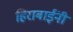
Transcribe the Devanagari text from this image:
हिराबाईंनी